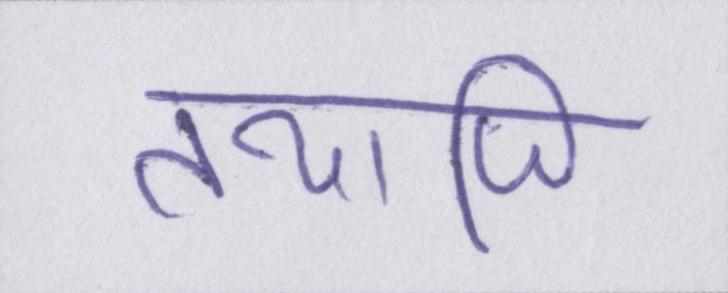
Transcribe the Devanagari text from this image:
तथापि